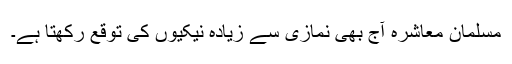
مسلمان معاشرہ آج بھی نمازی سے زیادہ نیکیوں کی توقع رکھتا ہے۔